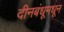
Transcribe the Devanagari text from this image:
दीनबंधूमधून